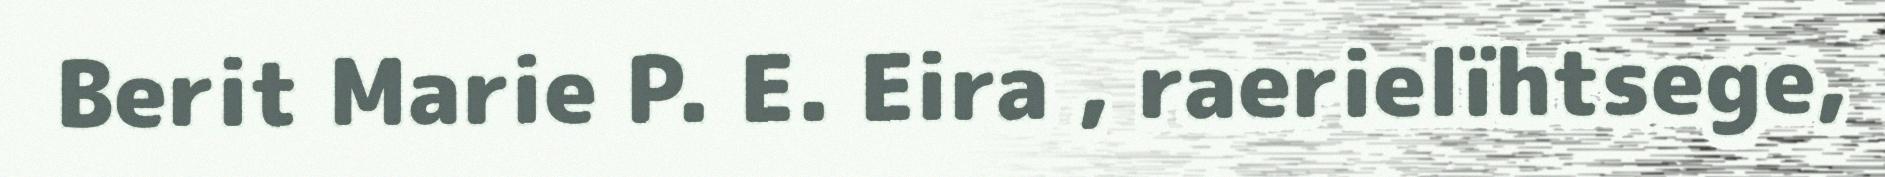
Berit Marie P. E. Eira , raerielïhtsege,